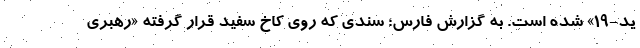
ید-19» شده است. به گزارش فارس؛ سندی که روی کاخ سفید قرار گرفته «رهبری